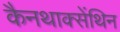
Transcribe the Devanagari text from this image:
कैनथाक्सेंथिन